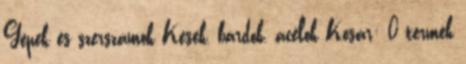
Gépek és szerszámok Kések, bárdok, acélok Kosár: 0 termék